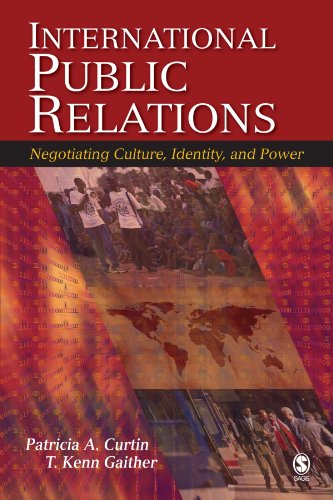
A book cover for International Public Relations: Negotiating Culture, Identity, and Power; Patricia A. Curtin; Business & Money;